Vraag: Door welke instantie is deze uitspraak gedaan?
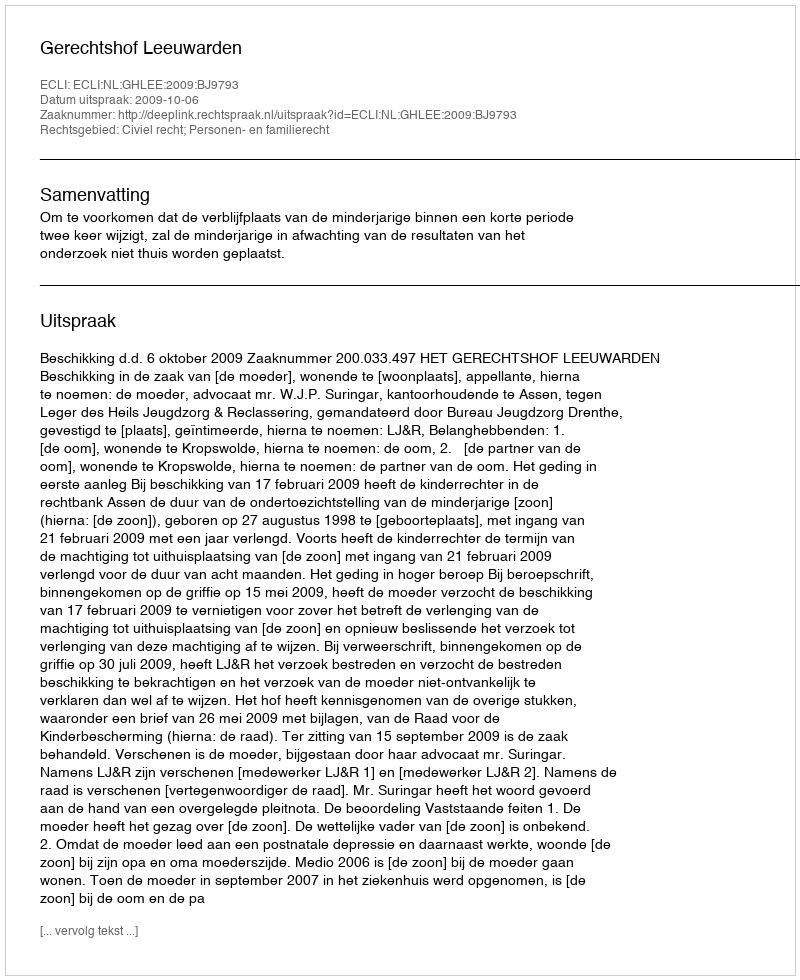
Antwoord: Gerechtshof Leeuwarden